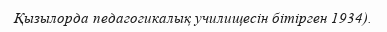
Қызылорда педагогикалық училищесін бітірген 1934).